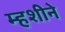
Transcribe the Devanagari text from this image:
म्हशीने